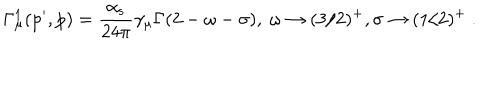
\mathrm { \Gamma _ { \ m u } ^ { 1 } ( p ^ { \prime } , p ) = \frac { \ a l p h a _ { s } } { 2 4 \ p i } \ g a m m a _ { \ m u } \Gamma ( 2 - \ o m e g a - \ s i g m a ) , ~ \ o m e g a \to ( 3 / 2 ) ^ { + } , \ s i g m a \to ( 1 / 2 ) ^ { + } ~ . }